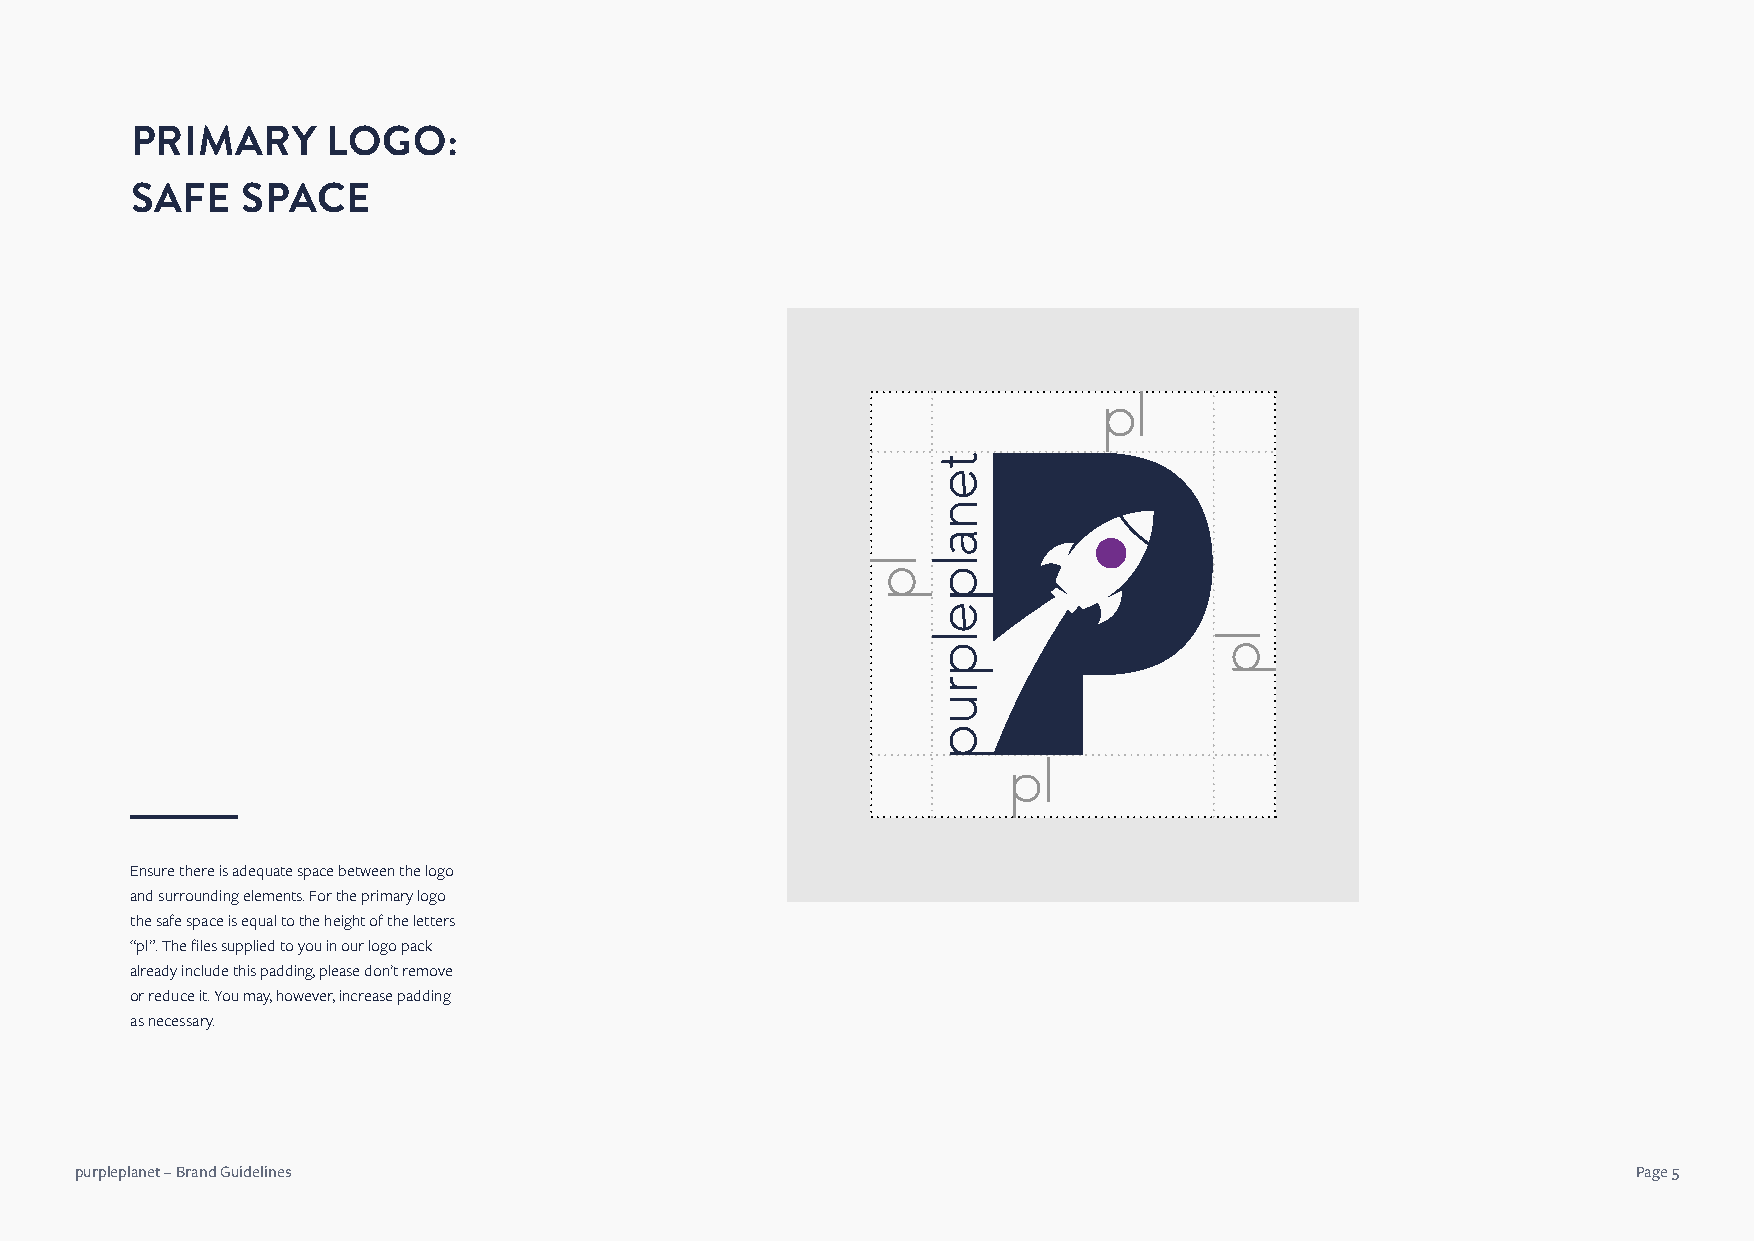
PRIMARY      LOGO:
 SAFE   SPACE
 Ensure there is adequate space between the logo
 and surrounding elements. For the primary logo
 the safe space is equal to the height of the letters
 “pl”. The files supplied to you in our logo pack
 already include this padding, please don’t remove
 or reduce it. You may, however, increase padding
 as necessary.
 purpleplanet – Brand Guidelines                                                                        Page 5